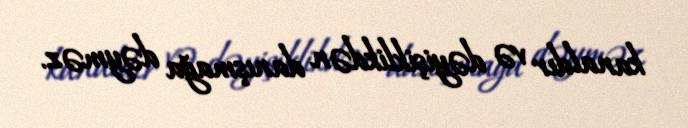
kanaldır və dəyişiklikdən danışmağa dəyməz.